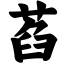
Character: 萏